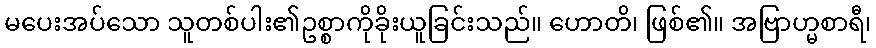
မပေးအပ်သော သူတစ်ပါး၏ဥစ္စာကိုခိုးယူခြင်းသည်။ ဟောတိ၊ ဖြစ်၏။ အဗြာဟ္မစာရီ၊